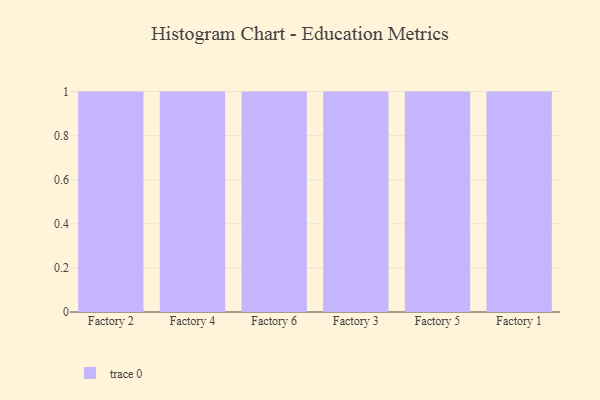
{"axis": {"x": "Factory", "y": "Humidity (%)"}, "legend": [""], "data": [{"x": "Factory 2", "y": 37, "type": ""}, {"x": "Factory 4", "y": 13, "type": ""}, {"x": "Factory 6", "y": 68, "type": ""}, {"x": "Factory 3", "y": 92, "type": ""}, {"x": "Factory 5", "y": 24, "type": ""}, {"x": "Factory 1", "y": 18, "type": ""}]}